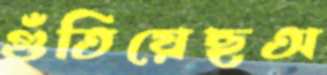
গুঁতিয়েছঅ